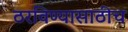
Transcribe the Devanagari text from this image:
ठरविण्यासाठीच